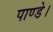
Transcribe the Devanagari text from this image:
पाण्डे।